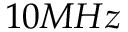
1 0 M H z